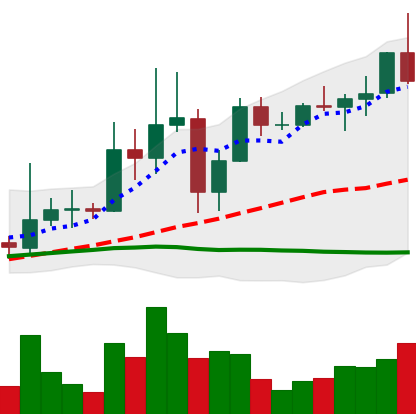
Ticker: XRP-USD
Chart end date: 2021-04-03
Forward return: 78.157%
Label: up_7plus